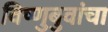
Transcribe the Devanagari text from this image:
विष्णुबुवांचा